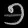
Digit: ၅